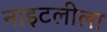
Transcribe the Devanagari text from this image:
नाइटलीला